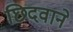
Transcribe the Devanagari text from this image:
छिदवाने